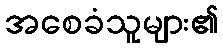
အစေခံသူများ၏